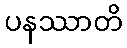
ပနဿာတိ